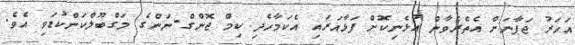
އަހަރު ޖަޕާނަށް އެތެރެވާން އުޅެނިކޮށް ފަޅާއަރައި އެކަމާހެދި ކިމް ޖޮންގް-ނަންގެ މަގްބޫލްކަންކުޑަވި އެވެ.